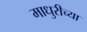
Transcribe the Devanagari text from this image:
माधुरीच्या